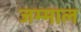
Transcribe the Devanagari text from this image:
जम्माल